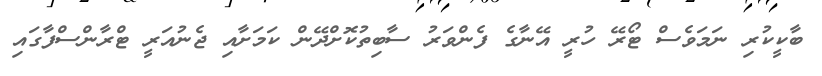
ބާކީކުރި ނަމަވެސް ޓޯރޭ ހުރީ އޭނާގެ ފެންވަރު ސާބިތުކޮށްދޭން ކަމަށާއި ޖެނުއަރީ ޓްރާންސްފާގައި